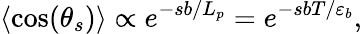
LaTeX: \langle\cos(\theta_{s})\rangle\propto e^{-sb/L_{p}}=e^{-sbT/\varepsilon_{b}},